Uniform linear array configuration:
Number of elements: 4
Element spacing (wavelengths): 0.5
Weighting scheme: blackman
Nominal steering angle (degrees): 45
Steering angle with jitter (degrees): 43.341
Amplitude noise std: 0.05
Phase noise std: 0.05

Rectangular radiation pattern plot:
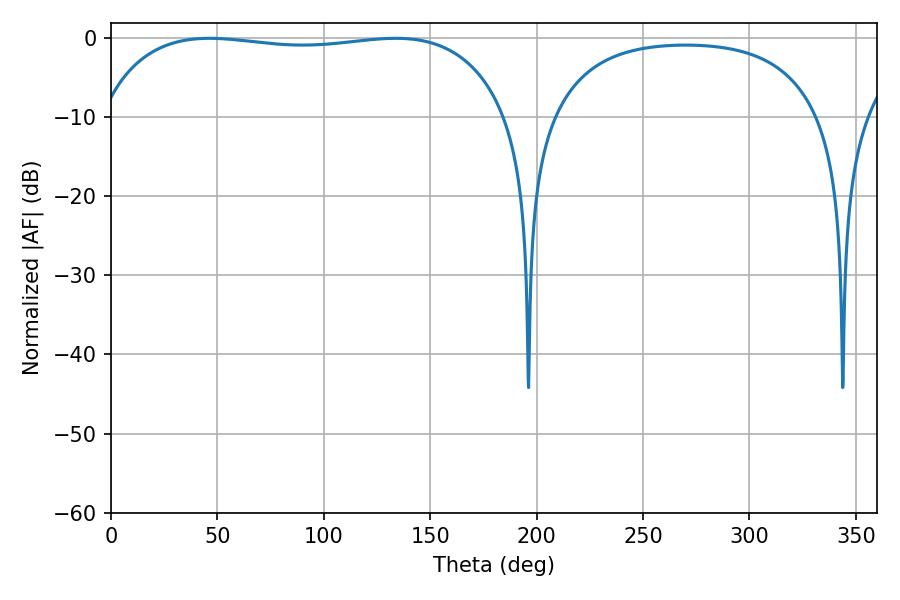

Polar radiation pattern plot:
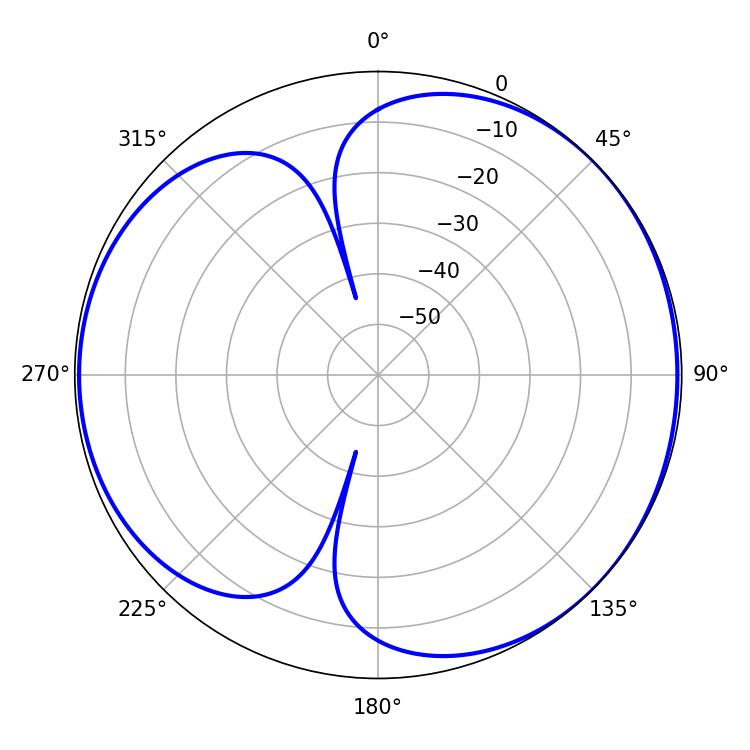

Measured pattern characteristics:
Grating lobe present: FALSE
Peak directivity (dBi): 4.649
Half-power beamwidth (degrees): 154.08
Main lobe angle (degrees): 46.26